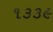
૧૩૩૯